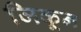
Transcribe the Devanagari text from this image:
जिकून